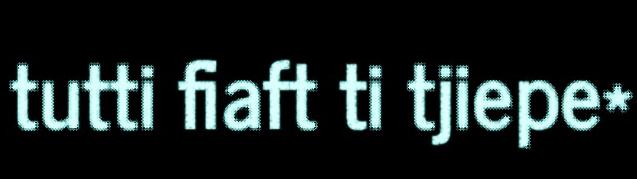
tutti fiaft ti tjiepe*